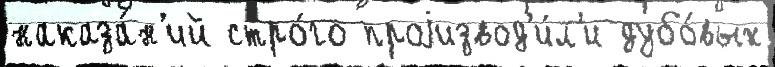
наказа́н'ий стро́го проjизвод'и́л'и дубо́вых